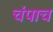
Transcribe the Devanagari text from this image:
चंपाच